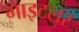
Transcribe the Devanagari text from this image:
गाइटलर